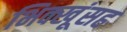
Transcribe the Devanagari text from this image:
भिक्खूंसह